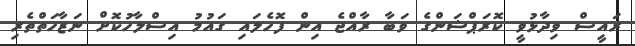
ރައީސް ވިދާޅުވީ ކޮރަޕްޝަންގެ ވަބާ ރާއްޖެ އިން ފޮހެލައި ގައުމު އިސްލާހުކޮށް ނަޒާހަތްތެރި